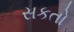
સકતો